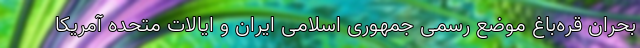
بحران قره‌باغ موضع رسمی جمهوری اسلامی ایران و ایالات متحده آمریکا